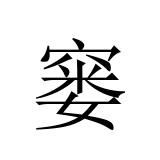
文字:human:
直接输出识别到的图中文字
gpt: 窭